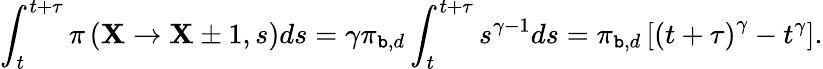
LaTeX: \int_{t}^{t+\tau}\pi\left(\mathbf{X}\rightarrow\mathbf{X}\pm1,s\right)ds=\gamma\pi_{\mathtt{b},d}\int_{t}^{t+\tau}s^{\gamma-1}ds=\pi_{\mathtt{b},d}\left[\left(t+\tau\right)^{\gamma}-t^{\gamma}\right].